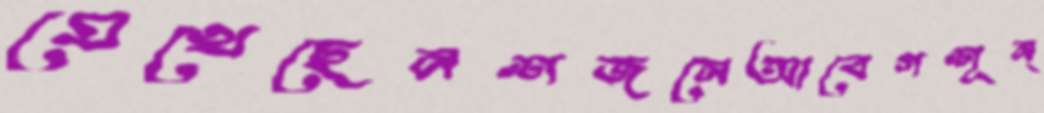
মেখেছেনশজনেআবেগশূন্